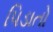
પિડાતો